Vaccination in Bombay 1874-1876 - 1874-1876
Year: 1874
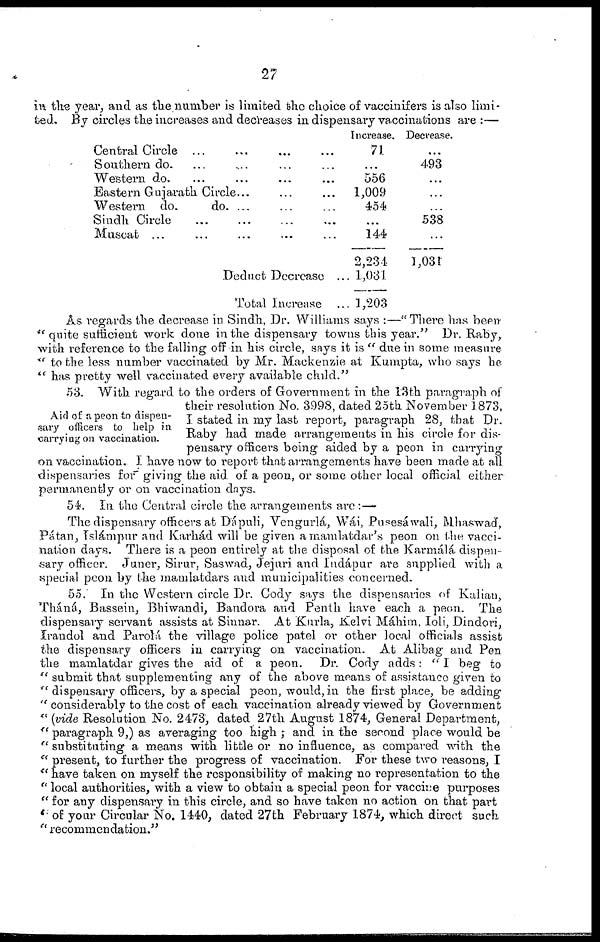
27
in the year, and as the number is limited the choice of vaccinifers is also limi-
ted. By circles the increases and decreases in dispensary vaccinations are :—
Central Circle ... ... ...
Southern do. ... ... ... ...
Western do. ... ... ... ...
Eastern Gujarath Circle... ... ...
Western do.
do. ... ... ...
Sindh Circle ... ... ...
Muscat ... ... ...
Deduct Decrease ...
Total Increase ...
Increase.
71
...
556
1,009
454
...
144
2,234
1,031
1,203
Decrease.
...
493
...
...
...
538
...
1,031
As regards the decrease in Sindh, Dr. Williams says :—"There has been
"quite sufficient work done in the dispensary towns this year." Dr. Raby,
with reference to the falling off in his circle, says it is " due in some measure
" to the less number vaccinated by Mr. Mackenzie at Kumpta, who says he
" has pretty well vaccinated every available child."
Aid of a peon to dispen-
sary officers to help in
carrying on vaccination.
53. With regard to the orders of Government in the 13th paragraph of
their resolution No. 3998, dated 25th November 1873,
I stated in my last report, paragraph 28, that Dr.
Raby had made arrangements in his circle for dis-
pensary officers being aided by a peon in carrying
on vaccination. I have now to report that arrangements have been made at all
dispensaries for giving the aid of a peon, or some other local official either
permanently or on vaccination days.
54. In the Central circle the arrangements are:—
The dispensary officers at Dápuli, Vengurlá, Wái, Puesáwali, Mhaswad,
Pátan, Islámpur and Karhád will be given a mamlatdar's peon on the vacci-
nation days. There is a peon entirely at the disposal of the Karmálá dispen-
sary officer. Juner, Sirur, Saswad, Jejuri and Iudápur are supplied with a
special peon by the mamlatdars and municipalities concerned.
55. In the Western circle Dr. Cody says the dispensaries of Kalian,
Tháná, Bassein, Bhiwandi, Bandora and Penth have each a peon. The
dispensary servant assists at Sinnar. At Kurla, Kelvi Máhim. Ioli, Dindori,
Irandol and Parolá the village police patel or other local officials assist
the dispensary officers in carrying on vaccination. At Alibag and Pen
the mamlatdar gives the aid of a peon. Dr. Cody adds: " I beg to
" submit that supplementing any of the above means of assistance given to
"dispensary officers, by a special peon, would, in the first place, be adding
" considerably to the cost of each vaccination already viewed by Government
" (vide Resolution No. 2473, dated 27th August 1874, General Department,
" paragraph 9,) as averaging too high ; and in the second place would be
" substituting a means with little or no influence, as compared with the
" present, to further the progress of vaccination. For these two reasons, I
" have taken on myself the responsibility of making no representation to the
" local authorities, with a view to obtain a special peon for vaccine purposes
" for any dispensary in this circle, and so have taken no action on that part
" of your Circular No. 1440, dated 27th February 1874, which direct such
" recommendation."